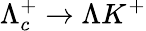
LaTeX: \Lambda_{c}^{+}\to\Lambda K^{+}